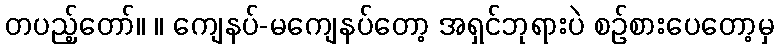
တပည့်တော်။ ။ ကျေနပ်-မကျေနပ်တော့ အရှင်ဘုရားပဲ စဉ်စားပေတော့မှ